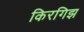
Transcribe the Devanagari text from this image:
किरगिझ